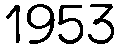
1953